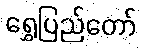
ရွှေပြည်တော်